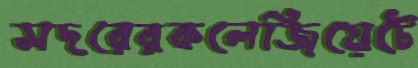
সদরেরকলেজিয়েটে